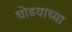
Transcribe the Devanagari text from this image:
घोडयाच्या